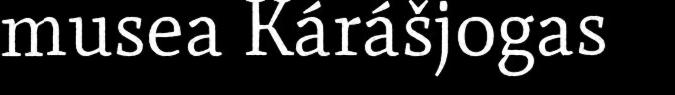
musea Kárášjogas